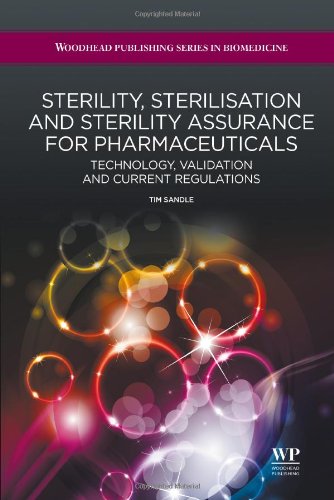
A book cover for Sterility, Sterilisation and Sterility Assurance for Pharmaceuticals: Technology, Validation and Current Regulations (Woodhead Publishing Series in Biomedicine); Tim Sandle; Business & Money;